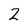
Character: 2